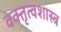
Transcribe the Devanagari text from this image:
वक्‍तृत्वशास्त्र